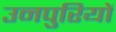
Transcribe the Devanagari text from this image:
उनपुरियों